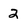
Character: 2